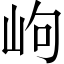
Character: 岣